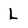
Character: L